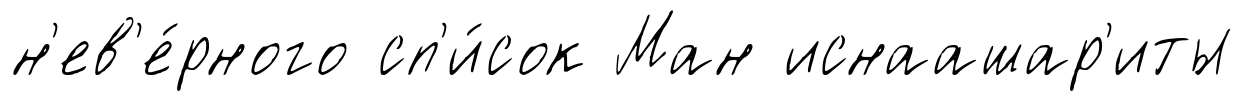
н'ев'е́рного сп'и́сок Ман иснаашар'иты